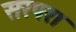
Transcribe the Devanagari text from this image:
सरपरा